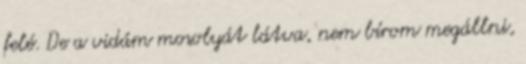
felé. De a vidám mosolyát látva, nem bírom megállni,